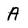
Character: A